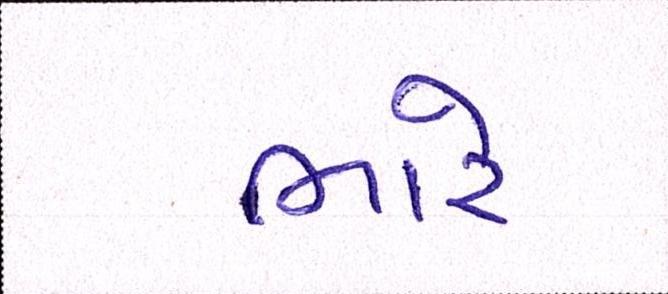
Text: ભારે